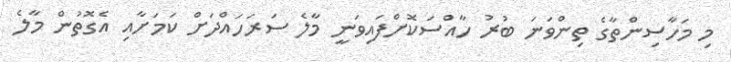
މި މަހާސިންތާގެ ތިންވަނަ ބުރު ހާއްސަކޮށްފައިވަނީ މާލެ ސަރަހައްދަށް ކަމަށާއި އެގޮތުން މާލެ